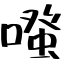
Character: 𠽟